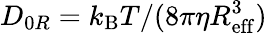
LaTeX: D_{0R}=k_{\mathrm{B}}T/(8\pi\eta R_{\mathrm{eff}}^{3})